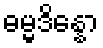
ဓမ္မဒိန္နော